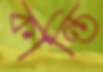
কান্তি